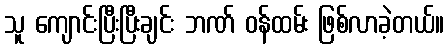
သူ ကျောင်းပြီးပြီးချင်း ဘဏ် ဝန်ထမ်း ဖြစ်လာခဲ့တယ်။